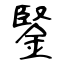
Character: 鋻